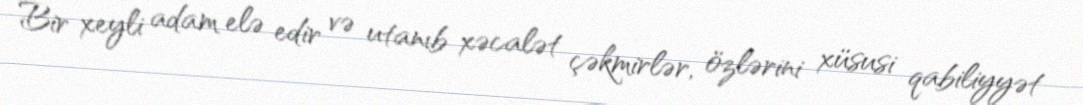
Bir xeyli adam elə edir və utanıb xəcalət çəkmirlər, özlərini xüsusi qabiliyyət